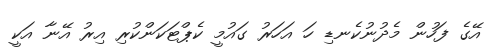
އޭގެ ފަހުން މެދުނުކެނޑި ހަ އަހަރު ގައުމީ ކެޕްޓަކަންކުރި އިރު އޭނާ އަކީ